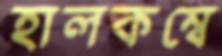
হালকম্বে